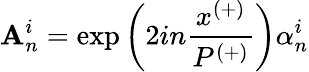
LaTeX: \mathbf{A}_{n}^{i}=\exp\left(2in\frac{{x^{(+)}}}{{P^{(+)}}}\right)\alpha_{n}^{i}